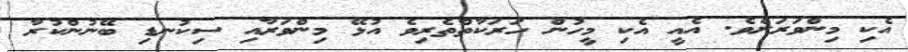
އެކި މިންވަރަށެވެ. އެއީ އެކި މީހުން ހަރަކާތްތެރިވެ އުޅޭ މިންވަރާއި ސިކުނޑި ބޭނުންކުރާ